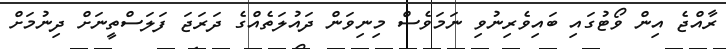
ރާއްޖެ އިން ވޯޓުގައި ބައިވެރިނުވި ނަމަވެސް މިނިވަން ދައުލަތެއްގެ ދަރަޖަ ފަލަސްތީނަށް ދިނުމަށް